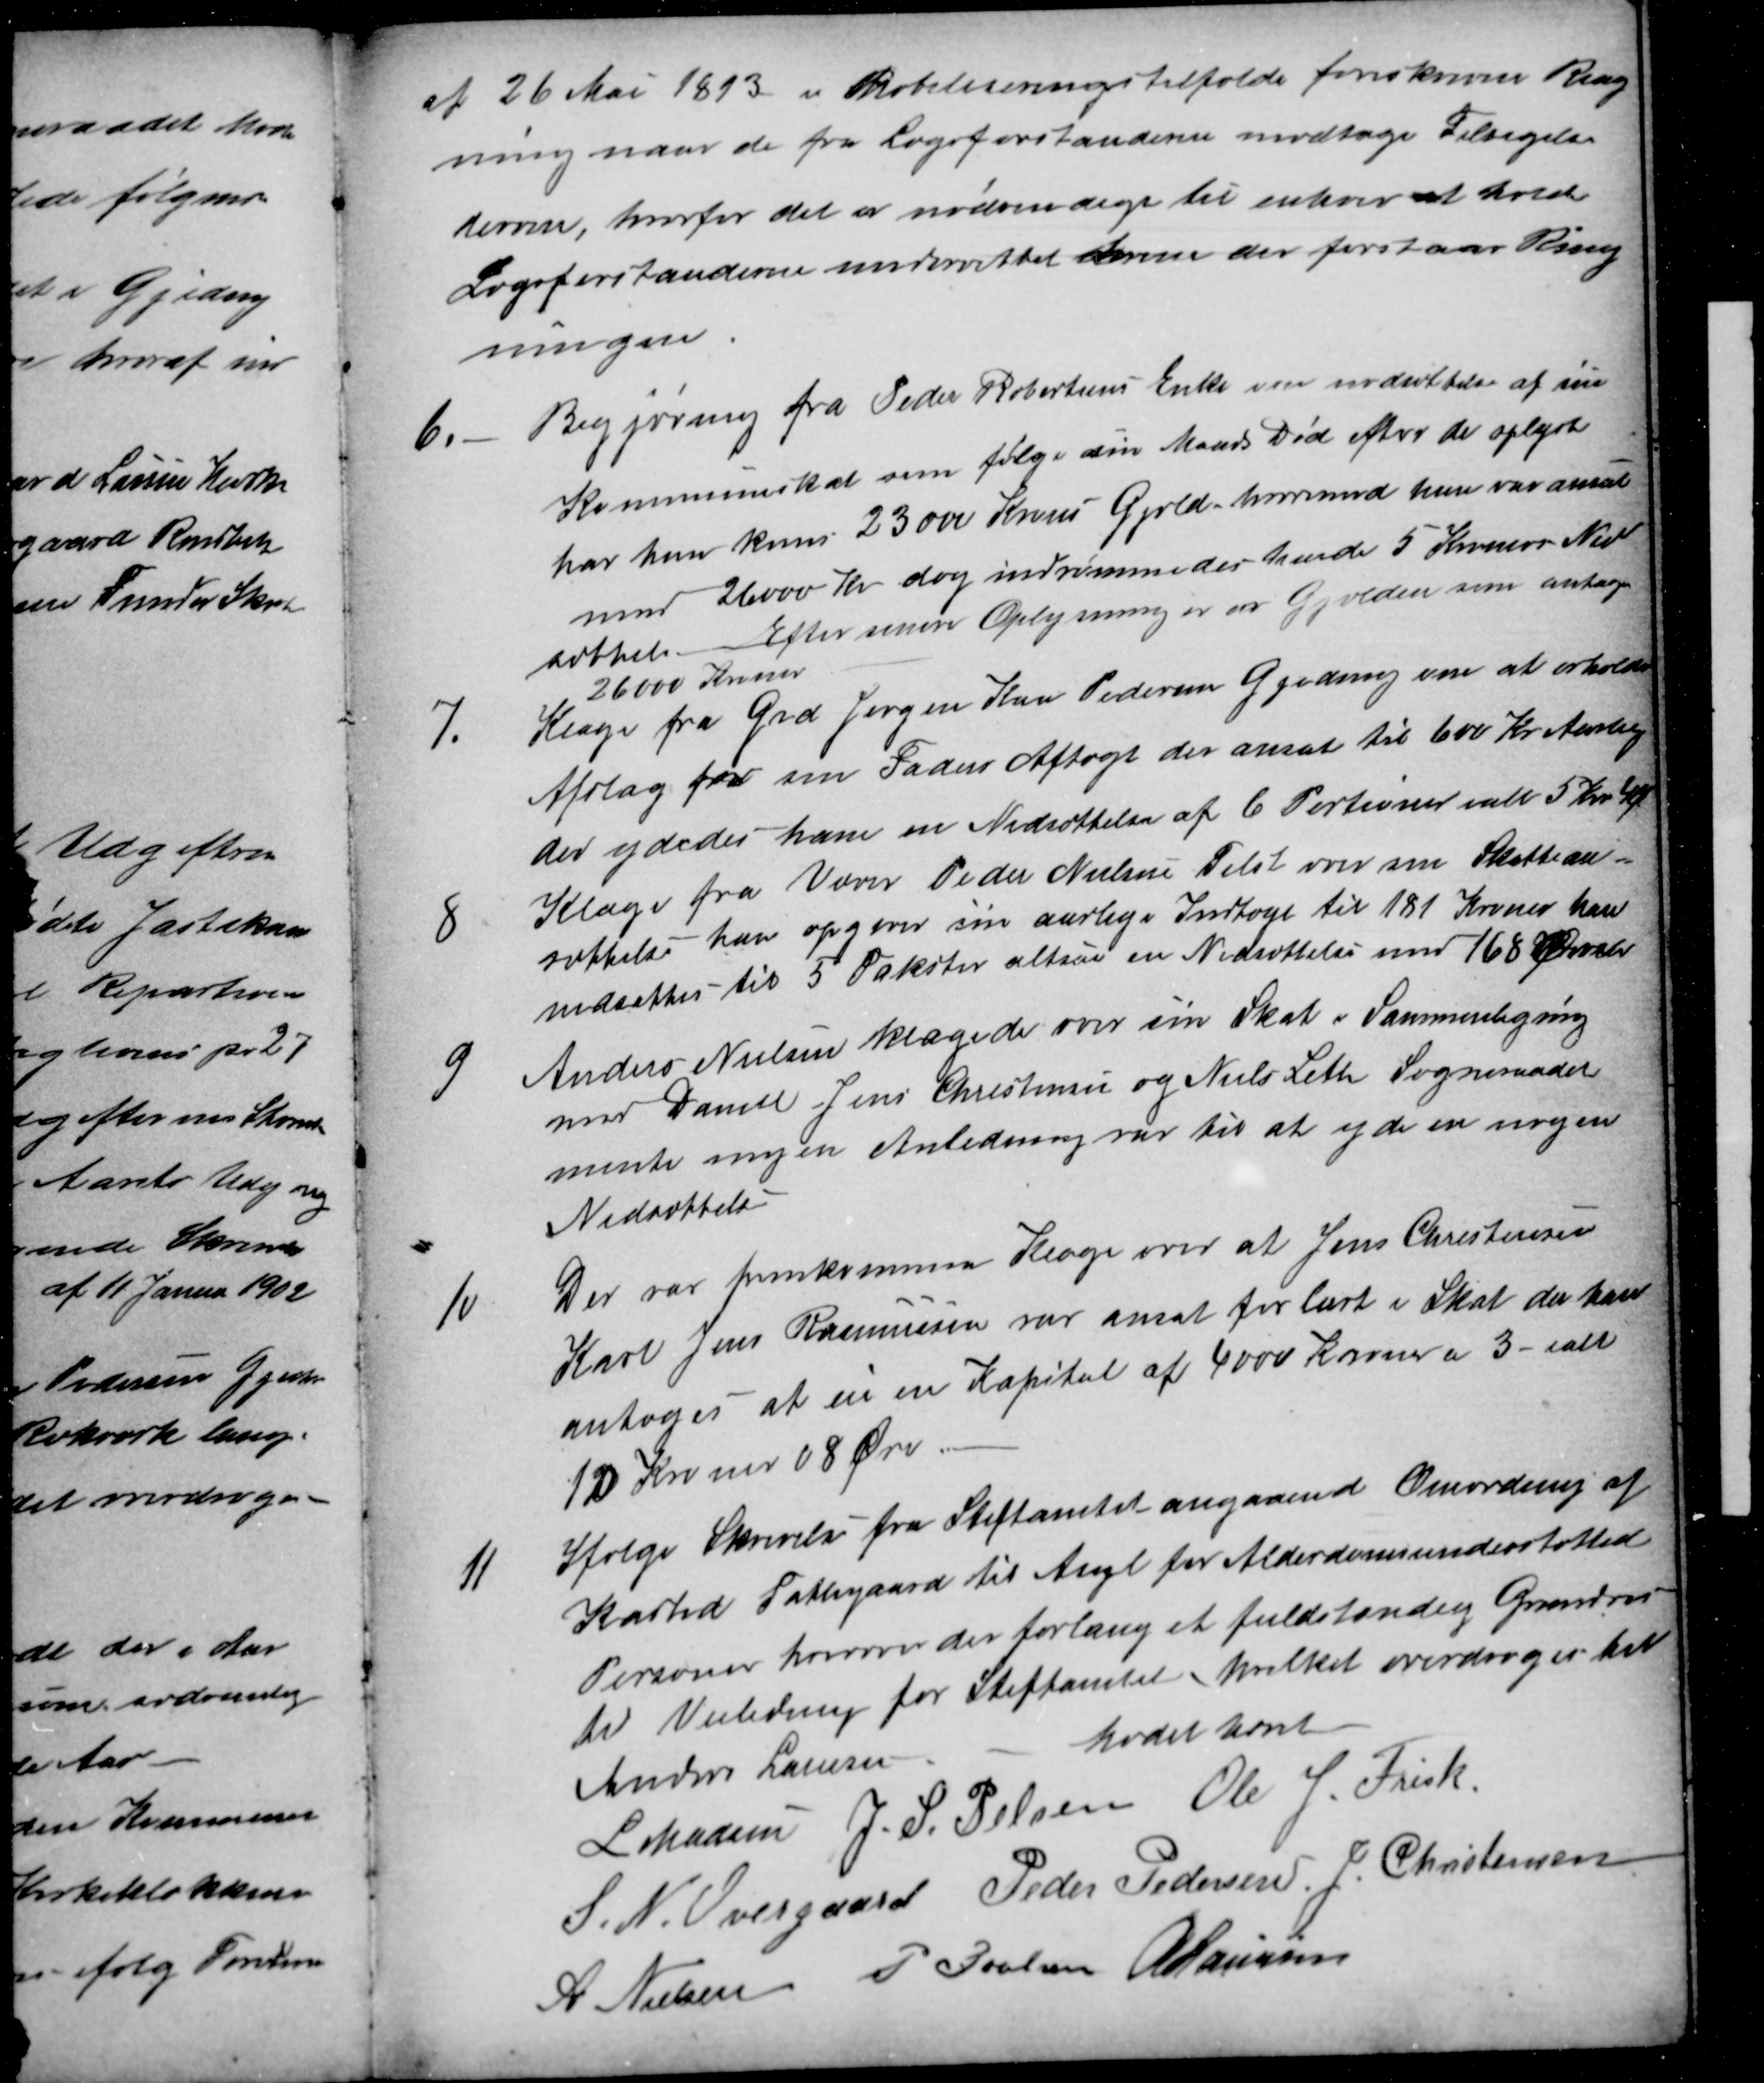
Transskription:
af 26 Mai 1893 i Mobiliseringstilfælde foreskrevne Ring
ning naar de fra Lægdforstanderne modtage Tilsigelse
derom, hvorfor det er nødvendigt til enhver at holde
Lægdforstanderne underrettet hvem der forestaar Ring
ningen
6
Begjærning fra Peder Robertsens Enke om nedsættelse af sin
Kommuneskat som følge sin Mands Død efter det oplyste
har hun kuns 23000 Krons Gjæld, hvorimod hun var ansat
med 26000 Kr dog indrømmes der hende 5 Kroner Ned
sættelse. Efter senere Oplysninger er Gjælden som antage
26000 Kroner
7.
Klage fra Grd Jørgen Kaa Pedersen Gjeding om at erholde
Afslag for sin Faders Aftægt der ansat til 600 Kr Aarlig
der ydedes ham en Nedsættelse af 6 Portioner ialt 5 Kr 4 Ø
8
Klage fra Væver Peder Nielsen Tilst over sin Skattean-
sættelse han opgiver sin aarlige Indtægt til 181 Kroner han
nedsættes til 5 Takster altsaa en Nedsættelse med 168 Ører
9
Anders Nielsen klagede over sin Skat i Sammenligning
med Daniel Jens Christensen og Niels Leth Sogneraadet
mente ingen Anledning var til at yde en nogen
Nedsættelse
10
Der var fremkommen Klage over at Jens Christensen
Karl Jens Rasmussen var ansat forkert i Skat da han
antoges at eie en Kapital af 4000 Kroner a 3- ialt
10 Kroner 08 Øre
11
Ifølge Skrivelse fra Stiftamtet angaaende Omordning af
Kasted Fattigaard til Asyl for Alderdomsunderstøttede
Personer hvorover der forlang et fuldstændig Grundris
til Veiledning for Stiftamtet, hvilket overdroges til
Anders Laursen
Mødet hævet
L Madsen J. S. Pelsen Ole J. Frisk
S. N. Overgaard Peder Pedersen J. Christensen
A Nielsen
P Poulsen A Laursen